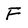
Character: F